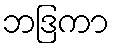
ဘဒြကာ